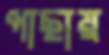
পাছায়